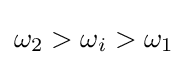
\omega _{2}>\omega _{i}>\omega _{1}